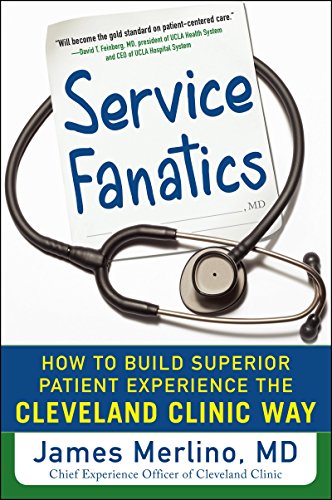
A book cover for Service Fanatics: How to Build Superior Patient Experience the Cleveland Clinic Way; James Merlino; Medical Books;